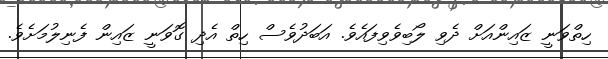
ހިތްވަނީ ޒައިންއަށް ދެވި ލޯބިވެވިފައެވެ. އަބަދުވެސް ހިތް އެދި ގޮވަނީ ޒައިން ފެނިލުމަށެވެ.